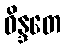
ဝိန္ဒတေ